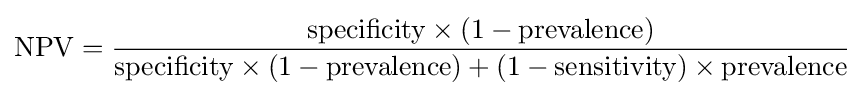
{\text{NPV}}={\frac {{\text{specificity}}\times (1-{\text{prevalence}})}{{\text{specificity}}\times (1-{\text{prevalence}})+(1-{\text{sensitivity}})\times {\text{prevalence}}}}